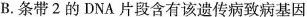
B.条带2的DNA片段含有该遗传病致病基因